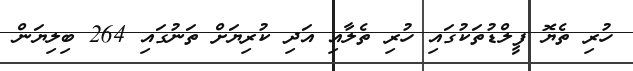
ހުރި ތެޔޮ ފީލްޑުތަކުގައި ހުރި ތެލާއި އަދި ކުރިޔަށް ތަނުގައި 264 ބިލިޔަން